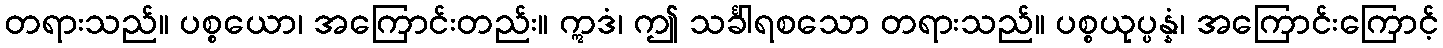
တရားသည်။ ပစ္စယော၊ အကြောင်းတည်း။ ဣဒံ၊ ဤ သင်္ခါရစသော တရားသည်။ ပစ္စယုပ္ပန္နံ၊ အကြောင်းကြောင့်